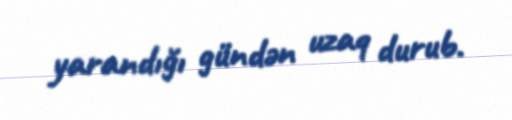
yarandığı gündən uzaq durub.